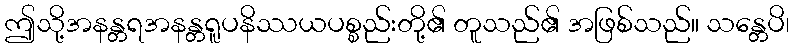
ဤသို့အနန္တရအနန္တရူပနိဿယပစ္စည်းတို့၏ တူသည်၏ အဖြစ်သည်။ သန္တေပိ၊